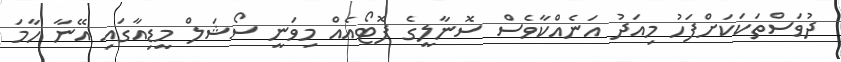
ދުވަސްތަކަކަށްފަހު މިއަދު އަނެއްކާވެސް ސޮނާލީގެ ފޮޓޯއެއް މިވަނީ ސޯޝަލް މީޑިއާގައި އޭނާ ހާމަ